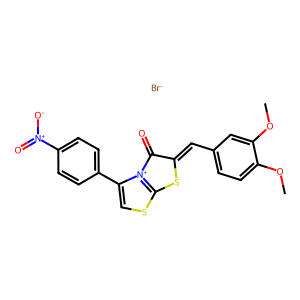
SMILES: COc1ccc(C=C2Sc3scc(-c4ccc([N+](=O)[O-])cc4)[n+]3C2=O)cc1OC.[Br-]
Inhibits HIV replication: No